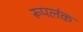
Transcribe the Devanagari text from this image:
रूपलंक